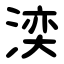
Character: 湙